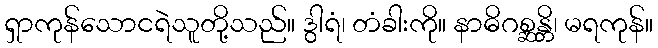
ရှာကုန်သောငရဲသူတို့သည်။ ဒွါရံ၊ တံခါးကို။ နာဓိဂစ္ဆန္တိ၊ မရကုန်။